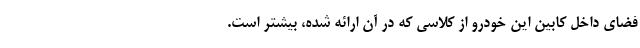
فضای داخل کابین این خودرو از کلاسی که در آن ارائه شده، بیشتر است.